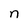
Character: n